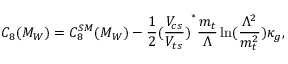
C _ { 8 } ( M _ { W } ) = C _ { 8 } ^ { S M } ( M _ { W } ) - \frac { 1 } { 2 } { ( \frac { V _ { c s } } { V _ { t s } } ) } ^ { * } \frac { m _ { t } } { \Lambda } \ln ( \frac { \Lambda ^ { 2 } } { m _ { t } ^ { 2 } } ) \kappa _ { g } ,